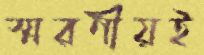
স্মরণীয়ই